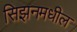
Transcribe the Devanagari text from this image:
सिझनमधील